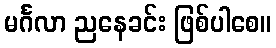
မင်္ဂလာ ညနေခင်း ဖြစ်ပါစေ။